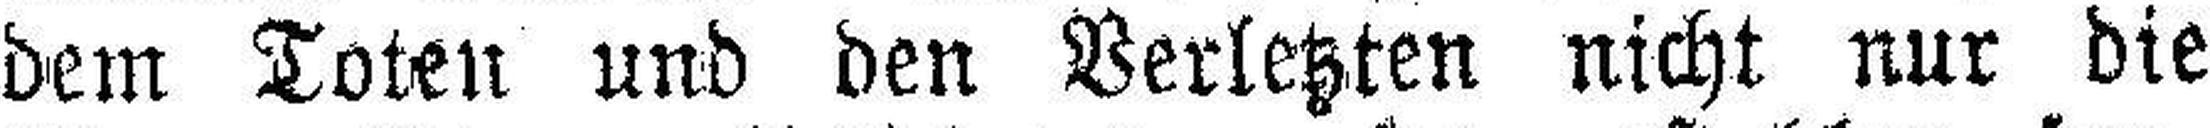
dem Toten und den Verletzten nicht nur die